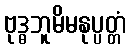
ဗုဒ္ဓဘူမိမနုပ္ပတ္တံ